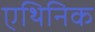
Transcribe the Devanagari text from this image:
एथिनिक